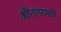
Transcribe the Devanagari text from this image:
श्रीनगरमधे